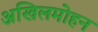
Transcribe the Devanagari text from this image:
अखिलमोहन